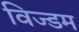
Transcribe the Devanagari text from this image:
विज्डम